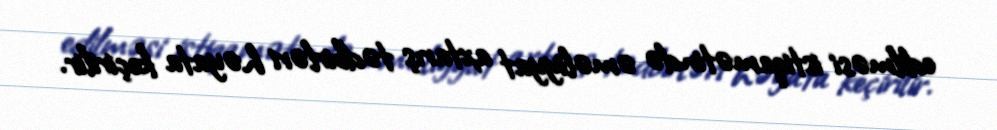
edilməsi istiqamətində əməliyyat axtarış tədbirləri həyata keçirilir.